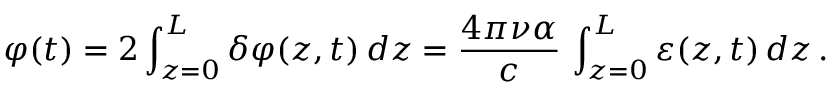
\varphi ( t ) = 2 \int _ { z = 0 } ^ { L } \delta \varphi ( z , t ) \, d z = \frac { 4 \pi \nu \alpha } { c } \, \int _ { z = 0 } ^ { L } \varepsilon ( z , t ) \, d z \, .